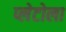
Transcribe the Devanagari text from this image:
प्लेटोला